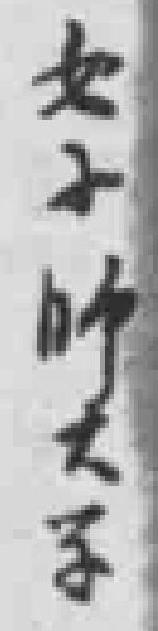
女子師大学